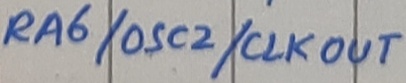
Text: RA6/OSC2/CLKOUT